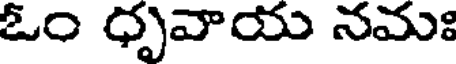
ఓం ధృవాయ నమః